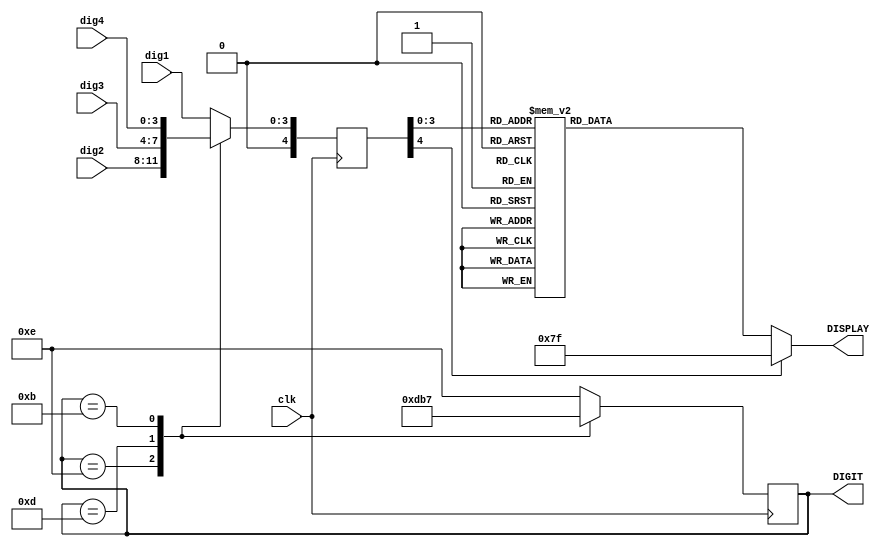

module seven_segment(DISPLAY, DIGIT, clk, dig1, dig2, dig3, dig4);
	output [6:0] DISPLAY;
	output [3:0] DIGIT;
	input clk;
	input [3:0] dig1; 
	input [3:0] dig2;
	input [3:0] dig3;
	input [3:0] dig4;

	reg [4:0] value, next_value;
	reg [3:0] DIGIT, next_DIGIT;
	reg [6:0] DISPLAY;

	always @(posedge clk) begin
		DIGIT = next_DIGIT;
		value = next_value;
	end

	always @(*) begin
		case(DIGIT)
			4'b1110: begin
				next_value = dig2;
				next_DIGIT = 4'B1101;
			end
			4'b1101: begin
				next_value = dig3;
				next_DIGIT = 4'B1011;
			end
			4'b1011: begin
				next_value = dig4;
				next_DIGIT = 4'B0111;
			end
			4'b0111: begin
				next_value = dig1;
				next_DIGIT = 4'B1110;
			end
			default: begin
				next_value = dig1;
				next_DIGIT = 4'B1110;
			end
		endcase
	end

	always @(*) begin
		case(value)
			5'd0: DISPLAY = 7'b1000000;
			5'd1: DISPLAY = 7'b1111001;
			5'd2: DISPLAY = 7'b0100100;
			5'd3: DISPLAY = 7'b0110000;
			5'd4: DISPLAY = 7'b0011001;
			5'd5: DISPLAY = 7'b0010010;
			5'd6: DISPLAY = 7'b0000010;
			5'd7: DISPLAY = 7'b1111000;
			5'd8: DISPLAY = 7'b0000000;
			5'd9: DISPLAY = 7'b0010000;
			//`DASH_CODE:  DISPLAY = 7'b0111111;
			//`EMPTY_CODE:     DISPLAY = 7'b1111111;
			//`UP1_CODE:       DISPLAY = 7'b1011100;  // up
			//`UP2_CODE:       DISPLAY = 7'b0101011;   // down
			//`UNDERLINE_CODE: DISPLAY = 7'b1110111;
			//`DOWN1_CODE:     DISPLAY = 7'b0011101;  // up
			//`DOWN2_CODE:     DISPLAY = 7'b1100011;  // down
			default: DISPLAY = 7'b1111111;
		endcase
	end
endmodule